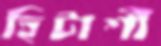
হিটাশী